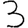
Digit: 3